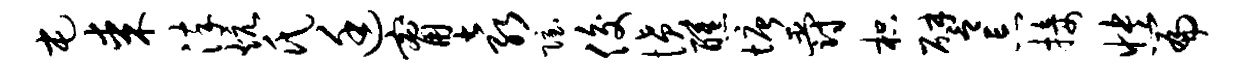
屯某淬炕氏廷甯袁隐俊愤醺塘爵枳譬忘接怏篇